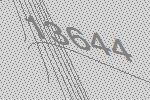
13644